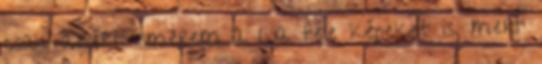
csak azért ismerem a Lia féle képeket is, mert